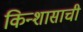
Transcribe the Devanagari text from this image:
किन्शासाची